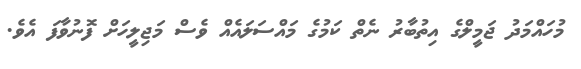
މުހައްމަދު ޖަމީލްގެ އިތުބާރު ނެތް ކަމުގެ މައްސަލައެއް ވެސް މަޖިލީހަށް ފޮނުވާފަ އެވެ.